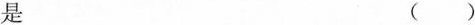
是 ()